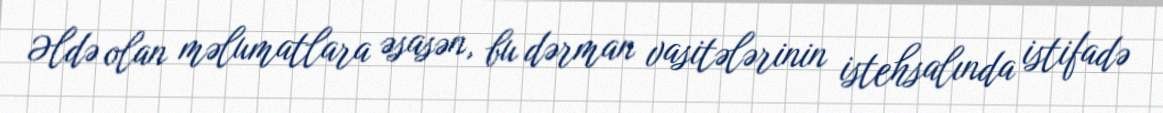
Əldə olan məlumatlara əsasən, bu dərman vasitələrinin istehsalında istifadə